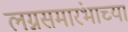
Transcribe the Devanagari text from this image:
लग्नसमारंभाच्या